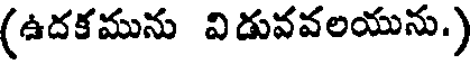
(ఉదకమును విడువవలయును.)